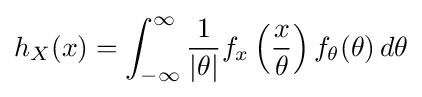
h_{X}(x)=\int _{-\infty }^{\infty }{\frac {1}{|\theta |}}f_{x}\left({\frac {x}{\theta }}\right)f_{\theta }(\theta )\,d\theta